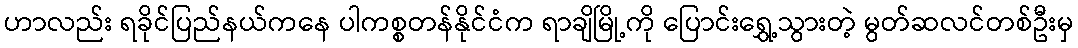
ဟာလည်း ရခိုင်ပြည်နယ်ကနေ ပါကစ္စတန်နိုင်ငံက ရာချိမြို့ကို ပြောင်းရွှေ့သွားတဲ့ မွတ်ဆလင်တစ်ဦးမှ